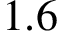
1 . 6